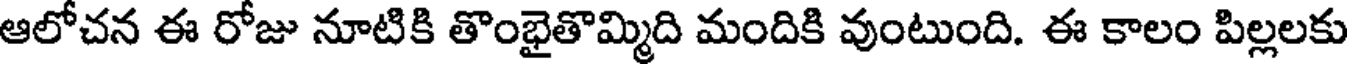
ఆలోచన ఈ రోజు నూటికి తొంభైతొమ్మిది మందికి వుంటుంది. ఈ కాలం పిల్లలకు